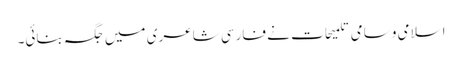
اسلامی وسامی تلمیحات نے فارسی شاعری میں جگہ بنائی۔